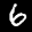
Label: 6